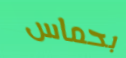
بحماس